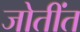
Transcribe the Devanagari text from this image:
जोतींत